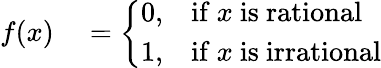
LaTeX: \begin{array}{rl}{f(x)}&{{}={\left\{ \begin{array}{ll}{0,}&{{\mathrm{if~}}x{\mathrm{~is~rational}}}\\ {1,}&{{\mathrm{if~}}x{\mathrm{~is~irrational}}}\end{array}\right.}}\end{array}